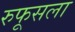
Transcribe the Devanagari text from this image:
रुफूसला